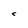
Character: C